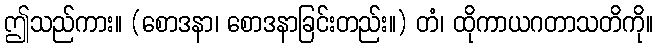
ဤသည်ကား။ (စောဒနာ၊ စောဒနာခြင်းတည်း။) တံ၊ ထိုကာယဂတာသတိကို။